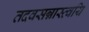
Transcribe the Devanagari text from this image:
तदवसन्नास्त्वयि